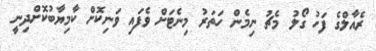
ރެއާލްގެ ފަހު ގޯލު މެޗު ނިމެން ހަތަރު މިނެޓަށް ވެފައި ވަނިކޮށް ކާމިޔާބުކޮށްދިނީ